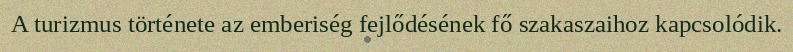
A turizmus története az emberiség fejlődésének fő szakaszaihoz kapcsolódik.